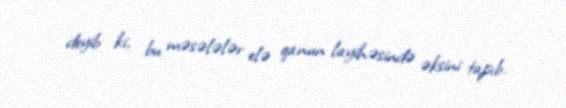
deyib ki, bu məsələlər elə qanun layihəsində əksini tapıb.